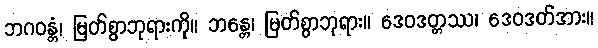
ဘဂဝန္တံ၊ မြတ်စွာဘုရားကို။ ဘန္တေ၊ မြတ်စွာဘုရား။ ဒေဝဒတ္တဿ၊ ဒေဝဒတ်အား။